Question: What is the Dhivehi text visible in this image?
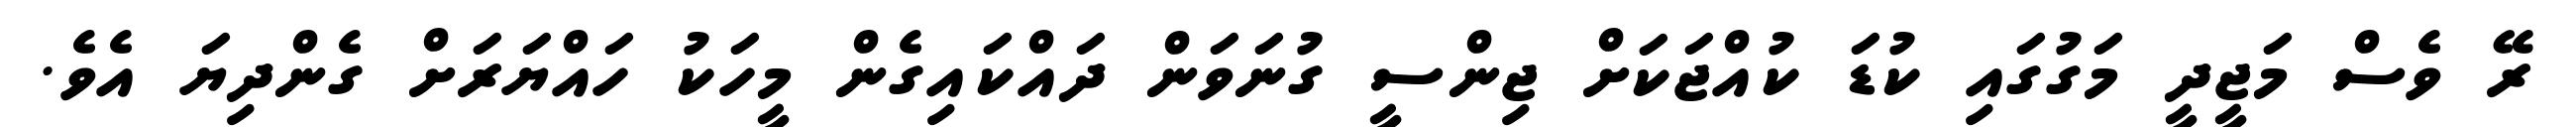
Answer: ރޭ ވެސް މަޖީދީ މަގުގައި ކުޑަ ކުއްޖަކަށް ޖިންސީ ގުނަވަން ދައްކައިގެން މީހަކު ހައްޔަރަށް ގެންދިޔަ އެވެ.